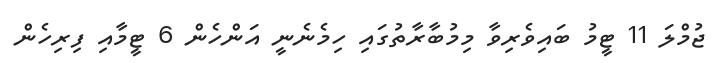
ޖުމްލަ 11 ޓީމު ބައިވެރިވާ މިމުބާރާތުގައި ހިމެނެނީ އަންހެން 6 ޓީމާއި ފިރިހެން